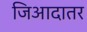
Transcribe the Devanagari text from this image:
जिआदातर